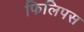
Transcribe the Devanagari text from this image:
फिलिपस